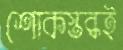
শোকস্তব্ধই